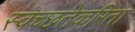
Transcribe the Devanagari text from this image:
स्वच्छतेकरिता